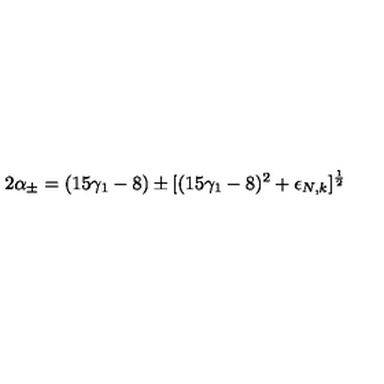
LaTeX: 2 \alpha _ { \pm } = ( 1 5 \gamma _ { 1 } - 8 ) \pm [ ( 1 5 \gamma _ { 1 } - 8 ) ^ { 2 } + \epsilon _ { N , k } ] ^ { \frac 1 2 }